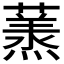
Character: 𮑶